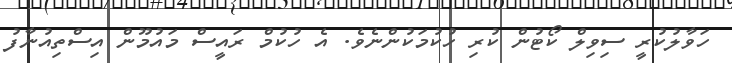
ހަވާލުކުރީ ސިވިލް ކޯޓުން ކުރި ހުކުމަކުންނެވެ. އެ ހުކުމް ރައީސް މައުމޫން އިސްތިއުނާފު